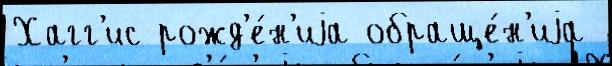
Хагг'ис рожд'е́н'иjа обраще́н'иjа